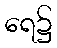
ရေ၌